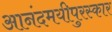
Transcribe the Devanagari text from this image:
आनंदमयीपुरस्कार